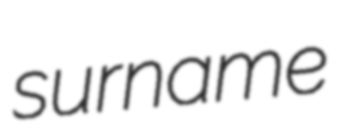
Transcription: surname